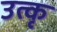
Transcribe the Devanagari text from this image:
उत्कृ